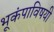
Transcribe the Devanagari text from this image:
भूकंपाविषयी